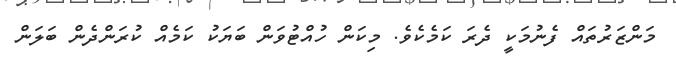
މަންޒަރުތައް ފެނުމަކީ ދެރަ ކަމެކެވެ. މިކަން ހުއްޓުވަން ބަޔަކު ކަމެއް ކުރަންދެން ބަލަން